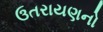
ઉતરાયણનો